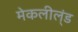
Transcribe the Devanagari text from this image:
मेकलील्ंड